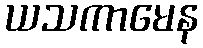
ယသကာမေန